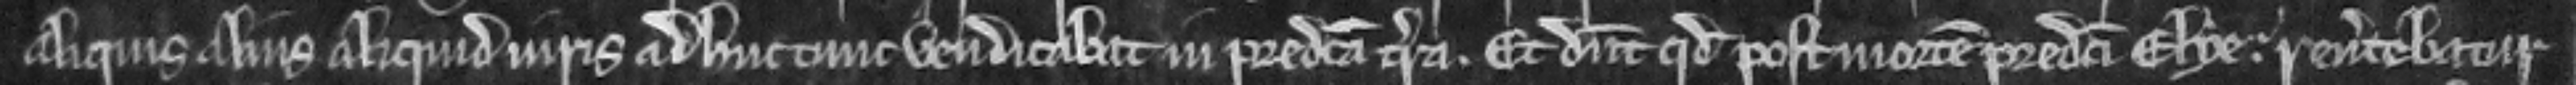
aliquis aliusaliquid iuris adhuc tunc vendicabat in predicta terra. Et dicunt quod post mortem predicti Elye. reuertebatur